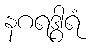
နဂရဒွါရံ